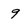
Character: 9